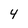
Character: 4